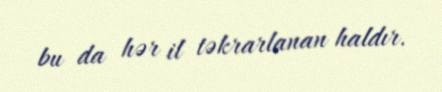
bu da hər il təkrarlanan haldır.